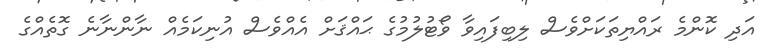
އަދި ކޮންމެ ރައްޔިތަކަށްވެސް ލިބިފައިވާ ވޯޓުލުމުގެ ޙައްޤަށް އެއްވެސް އުނިކަމެއް ނާންނާނެ ގޮތެއްގެ